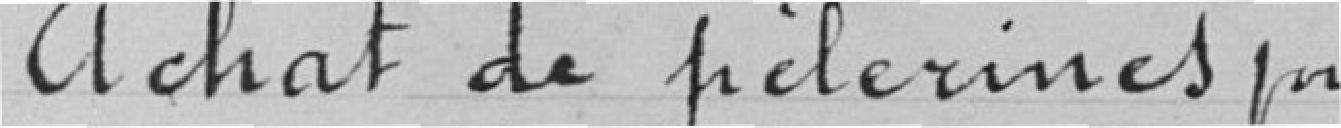
achat de ficherines pour